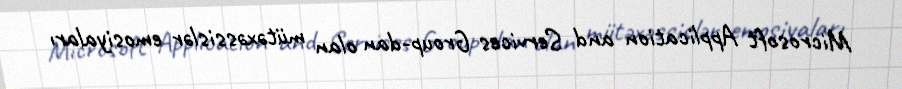
Microsoft Application and Services Group-dan olan mütəxəssislər emosiyaları